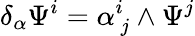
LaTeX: \delta_{\alpha}\Psi^{i}=\alpha_{\ j}^{i}\wedge\Psi^{j}